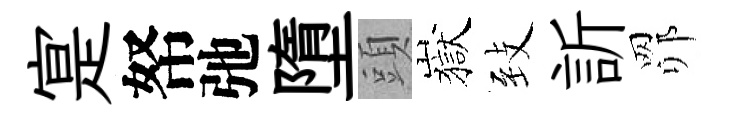
寔帑弛墮頭嶽𦤺訢𦊑